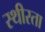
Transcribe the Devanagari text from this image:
स्थीरता